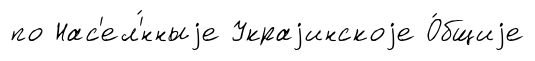
по Нас'ел'́нныjе Украjинскоjе О́бщиjе